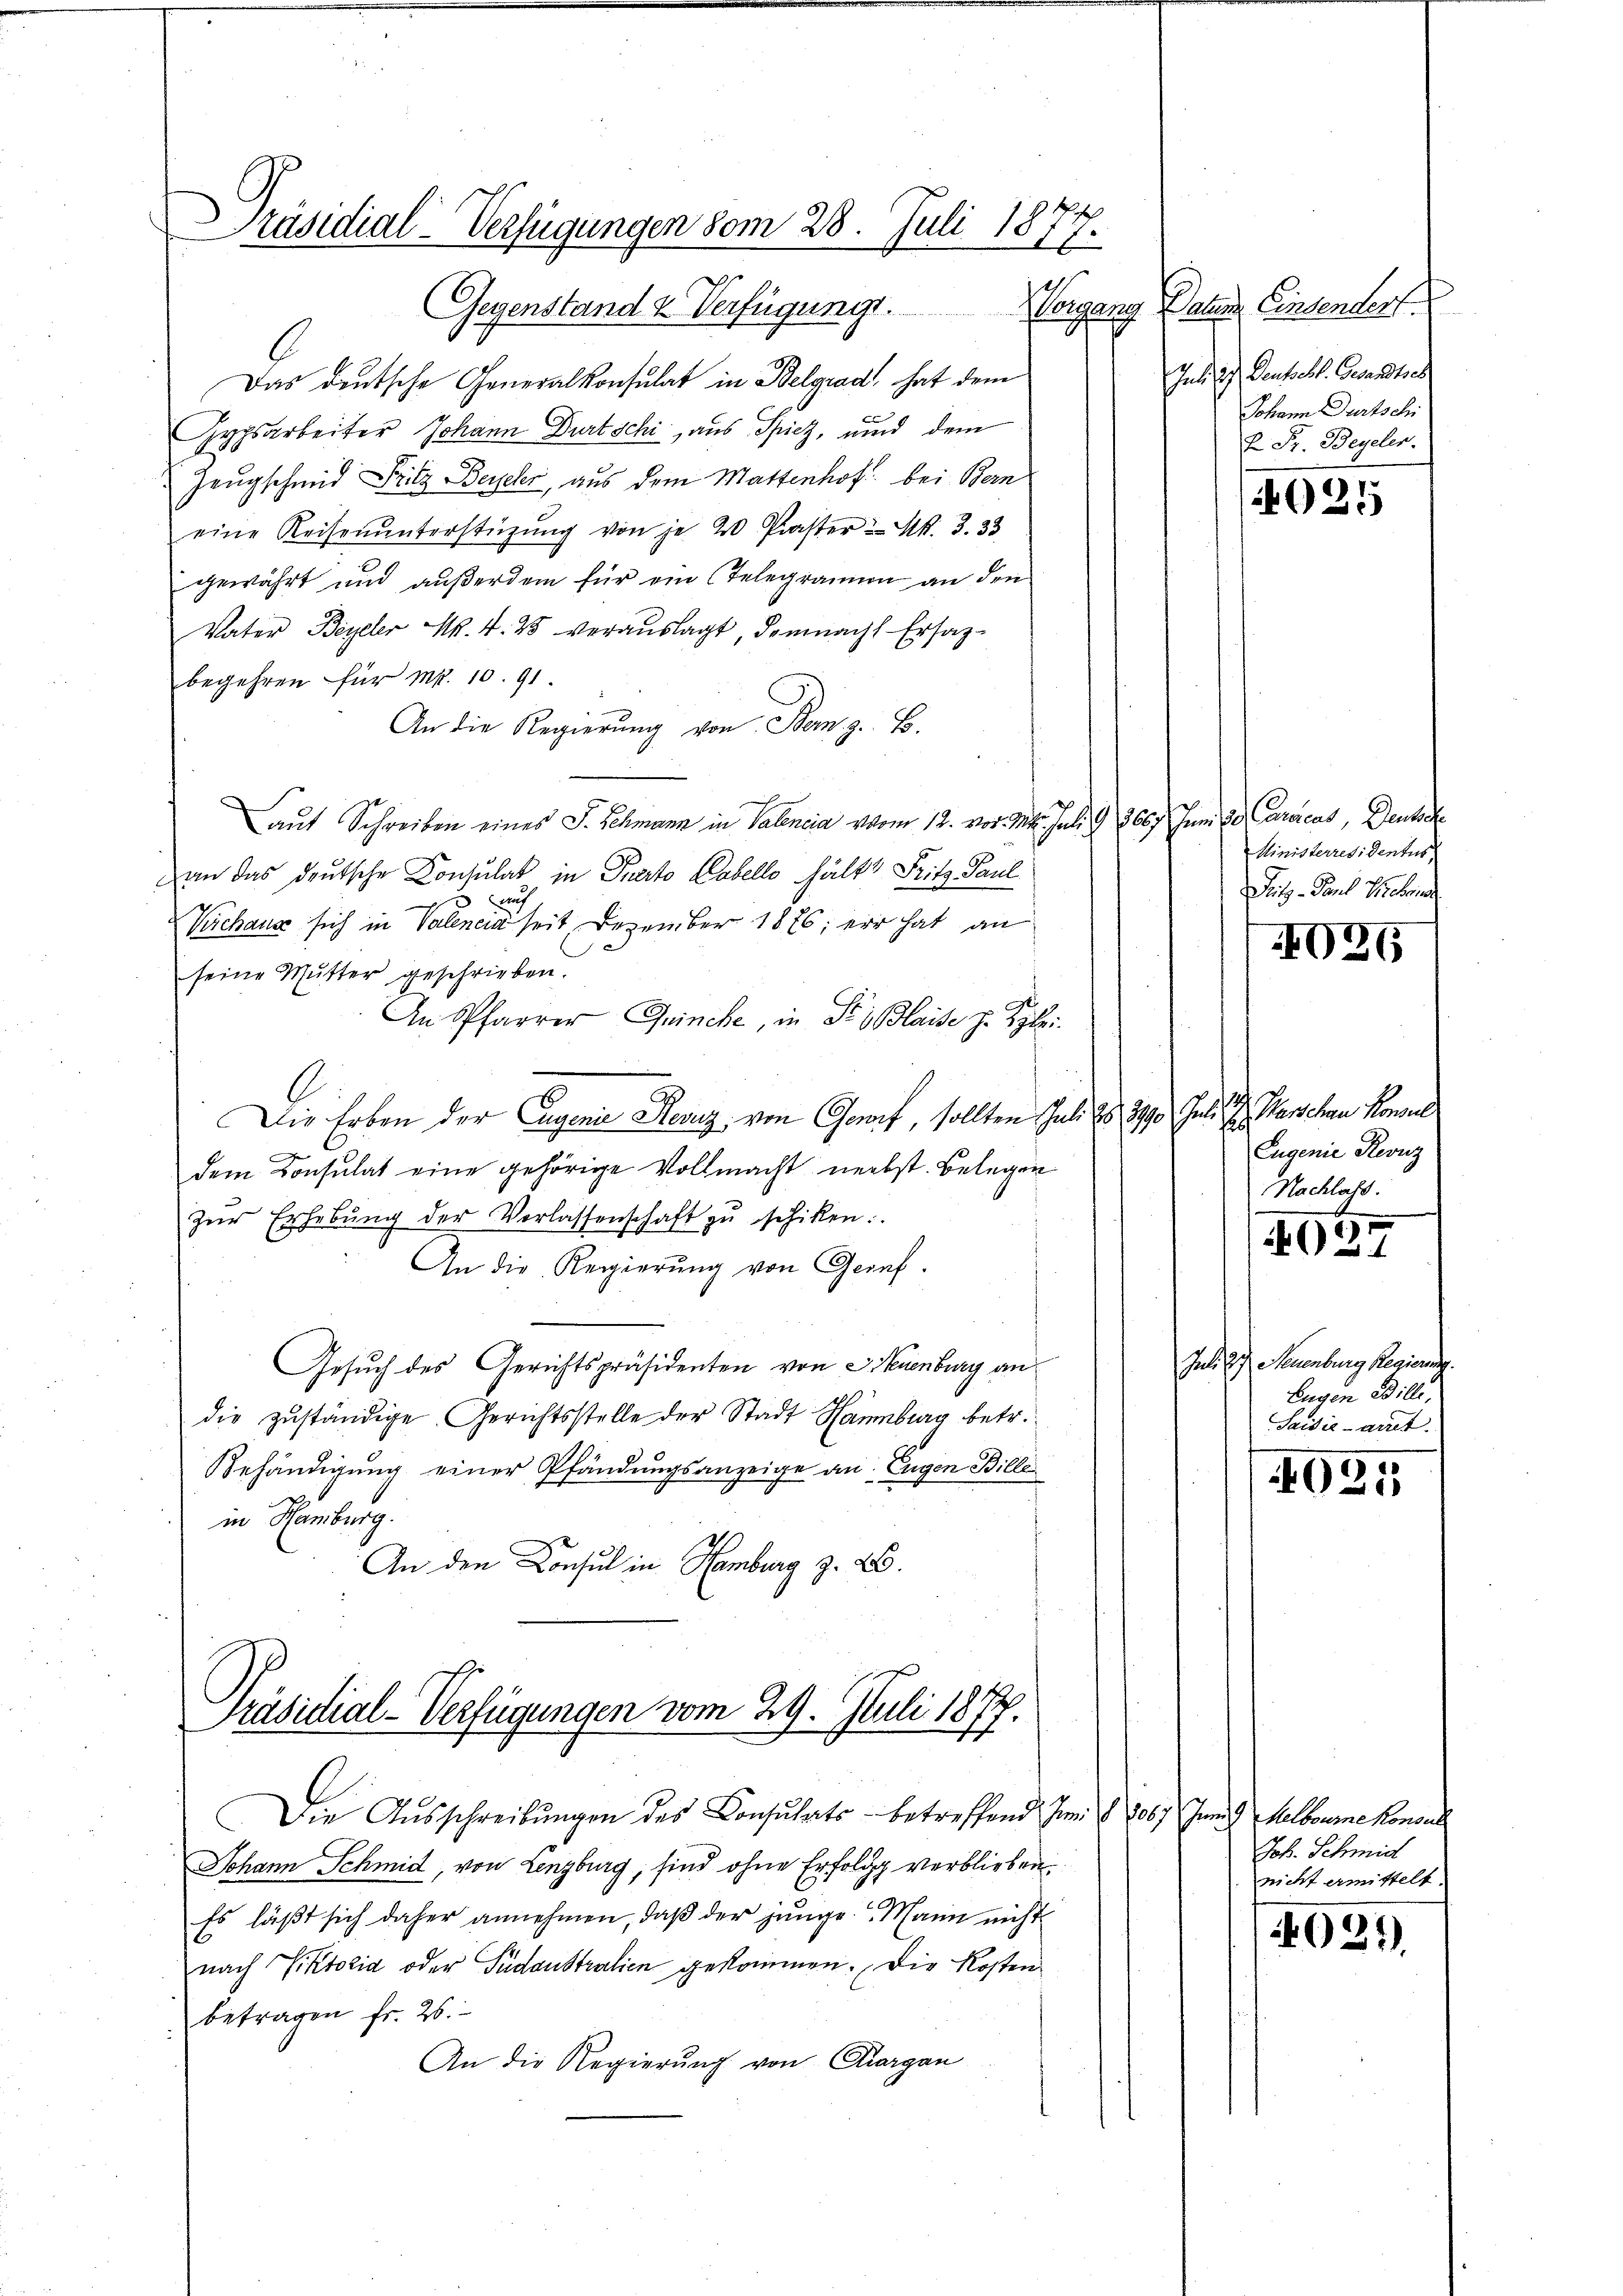
Präsidial-Verfügungen vom 28. Juli 1877.

Gegenstand & Verfügung.
Das deutsche Generalkonsulat in Belgrad, hat dem
Hypsarbeiter Johann Durtschi, aus Spiez, und dem
Zeugschmid Fritz Beysehr, aus dem Mattenhof bei Bern
eine Reisenŭnterstützŭng von je 20 Praster N. 3. 33
gewährt und außerdem für ein Telegramm an den
Vater Beyeler M. 4. 25 veraŭslagt, demnach Ersatz-
begehren für Mr. 10. 91.
An die Regierung von Bem z. B.
aut Schreiben eines S. Schmann in Valencia vom 12. vor. M. Juli G. 366. Juni 13. Carmens, Deutsch
an das deutsche Consulat in Parto Gabello hält Fritz Paul
em
Verchaus sich in Valencia seit Dezember 1876; er hat an
seine Mutter geschrieben.
An Pfarrer Quinche, in St. Blaise z. Klei
Die Erben der Eugenie Reviz, von Genf, sollten Juli d. 1790 Juli d. Menschen Konsul
dem Consulat eine gehörige Vollmacht nebst. Belegen
zŭr Erhebŭng der Vorlassenschaft zŭ schiken.
An die Regierŭng von Genf.
Gesuch des Gerichtspräsidenten von Huenburg an
die zŭständige Gerichtsstelle der Stadt Hamburg betr.
Behändigung einer Pfändungsanzeige an Eugen Bille
in Hamburg.
An den Consul in Hamburg z. B.
Präsidial-Verfügungen vom 29. Juli 1877.
Die Aŭsschreibŭngen des Consulats - betreffend Im § 1067 Juni d. Melbourne Konsul
Johann Schmid, von Lenzburg, sind ohne Erfolgg verblieben.
Es läßt sich daher annehmen, daß der junge. Mann nicht
nach Viktoria oder Pudaustralien gekommen. Die Kosten
betragen fr. 26.
An die Regierung von Aargau

Hergang keine Einsenders
Juli 2 Deutschl. Gesandtsch
Johann Durtschi
E Dr. Begeler.

025

Ministerresidentes,
Peits - Paul Verehrun

02G

Eugenie Reonz
Nachlass.

427

Juli d. Neuenburg Regieren.
Eugen Bille,
Saidie Art.

1025

Joh. Schmid
nicht ermittelt.

029.